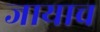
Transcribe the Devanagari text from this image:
जायाच